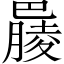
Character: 𣎞